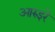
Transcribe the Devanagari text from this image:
आरुइरे